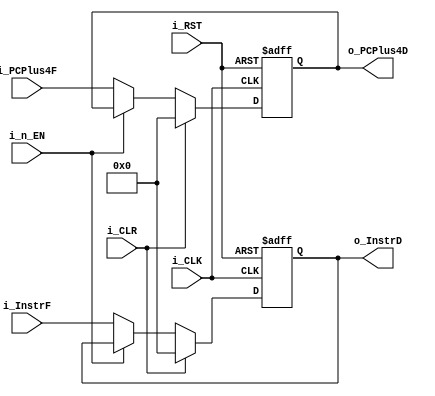
module fetch_to_decode_reg #(
    parameter ADDRESS_WIDTH = 32, // Defines the number of bits for the memory address
    parameter INSTR_WIDTH = 32 // Defines the number of bits for the instruction
) (
    input   wire                      i_CLK,
    input   wire                      i_RST,
    input   wire                      i_n_EN,
    input   wire                      i_CLR,
    input   wire [INSTR_WIDTH-1:0]    i_InstrF,
    input   wire [ADDRESS_WIDTH-1: 0] i_PCPlus4F,
    output  reg  [INSTR_WIDTH-1:0]    o_InstrD,
    output  reg  [ADDRESS_WIDTH-1: 0] o_PCPlus4D
);

    always @(posedge i_CLK or negedge i_RST) begin
        if (~i_RST) begin
            o_InstrD <= 'b0;
            o_PCPlus4D <= 'b0;
        end
        else if (i_CLR) begin
            o_InstrD <= 'b0;
            o_PCPlus4D <= 'b0;
        end
        else if (~i_n_EN) begin
            o_InstrD <= i_InstrF;
            o_PCPlus4D <= i_PCPlus4F;

        end
    end
endmodule